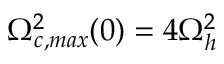
\Omega _ { c , m a x } ^ { 2 } ( 0 ) = 4 \Omega _ { h } ^ { 2 }